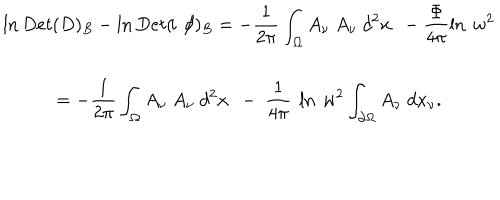
\begin{array} { c } { { \displaystyle \ln D e t ( D ) _ { B } - \ln D e t ( \! i \not \! \partial ) _ { B } = - \frac 1 { 2 \pi } \int _ { \Omega } A _ { \nu } \ A _ { \nu } \ d ^ { 2 } x \ \ - \frac \Phi { 4 \pi } \ln \ w ^ { 2 } } } \\ { { \displaystyle = - \frac 1 { 2 \pi } \int _ { \Omega } A _ { \nu } \ A _ { \nu } \ d ^ { 2 } x \ \ - \ \frac 1 { 4 \pi } \ \ln \ w ^ { 2 } \int _ { \partial \Omega } A _ { \nu } \ d x _ { \nu } . } } \\ \end{array}